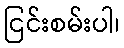
ငြင်းစမ်းပါ၊